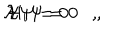
LaTeX: { \mathcal { H } } \Psi = 0 , \hspace { . 6 i n } { \mathcal { H } } _ { i } \Psi = 0 ,